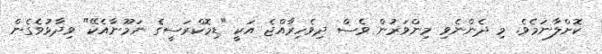
ކޮށްލާނަމެވެ. މި ދެންނެވި މިންވަރުން ވެސް ދިވެހިރާއްޖެ އަކީ "ޑިމޮކްރަސީގެ ނަމޫނާއެކޭ" ވިދާޅުވެގެން